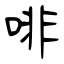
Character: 啡